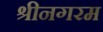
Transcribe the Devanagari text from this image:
श्रीनगरम